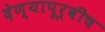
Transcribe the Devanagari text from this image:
देण्यापूर्वीच